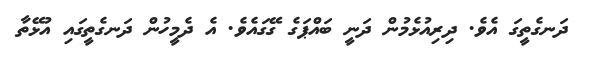
ދަނގެތީގަ އެވެ. ދިރިއުޅެމުން ދަނީ ބައްޕަގެ ގޭގައެވެ. އެ ދެމީހުން ދަނގެތީގައި އުޅޭތާ